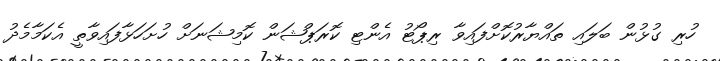
ހުރި ގުޅުން ބަލައި ތައްޔާރުކޮށްފައިވާ ރިޕޯޓު އެންޓި ކޮރަޕްޝަން ކޮމިޝަނަށް ހުށަހަޅާފައިވާތީ އެކަމާމެދު